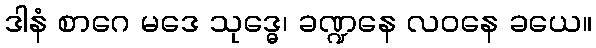
ဒါနံ စာဂေ မဒေ သုဒ္ဓေ၊ ခဏ္ဍနေ လဝနေ ခယေ။